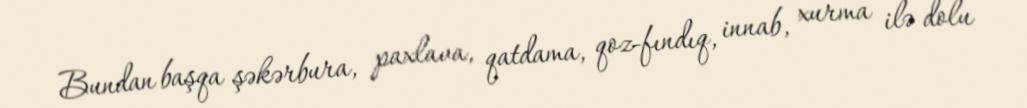
Bundan başqa şəkərbura, paxlava, qatdama, qoz-fındıq, innab, xurma ilə dolu